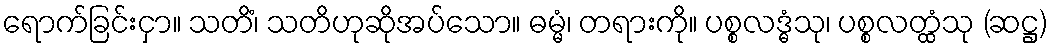
ရောက်ခြင်းငှာ။ သတိံ၊ သတိဟုဆိုအပ်သော။ ဓမ္မံ၊ တရားကို။ ပစ္စလဒ္ဓံသု၊ ပစ္စလတ္ထံသု (ဆဋ္ဌ)